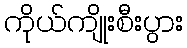
ကိုယ်ကျိုးစီးပွား